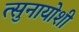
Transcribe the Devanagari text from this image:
त्सुनायोशी